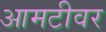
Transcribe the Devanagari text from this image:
आमटीवर